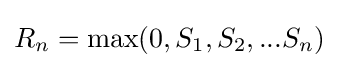
R_{n}={\text{max}}(0,S_{1},S_{2},...S_{n})